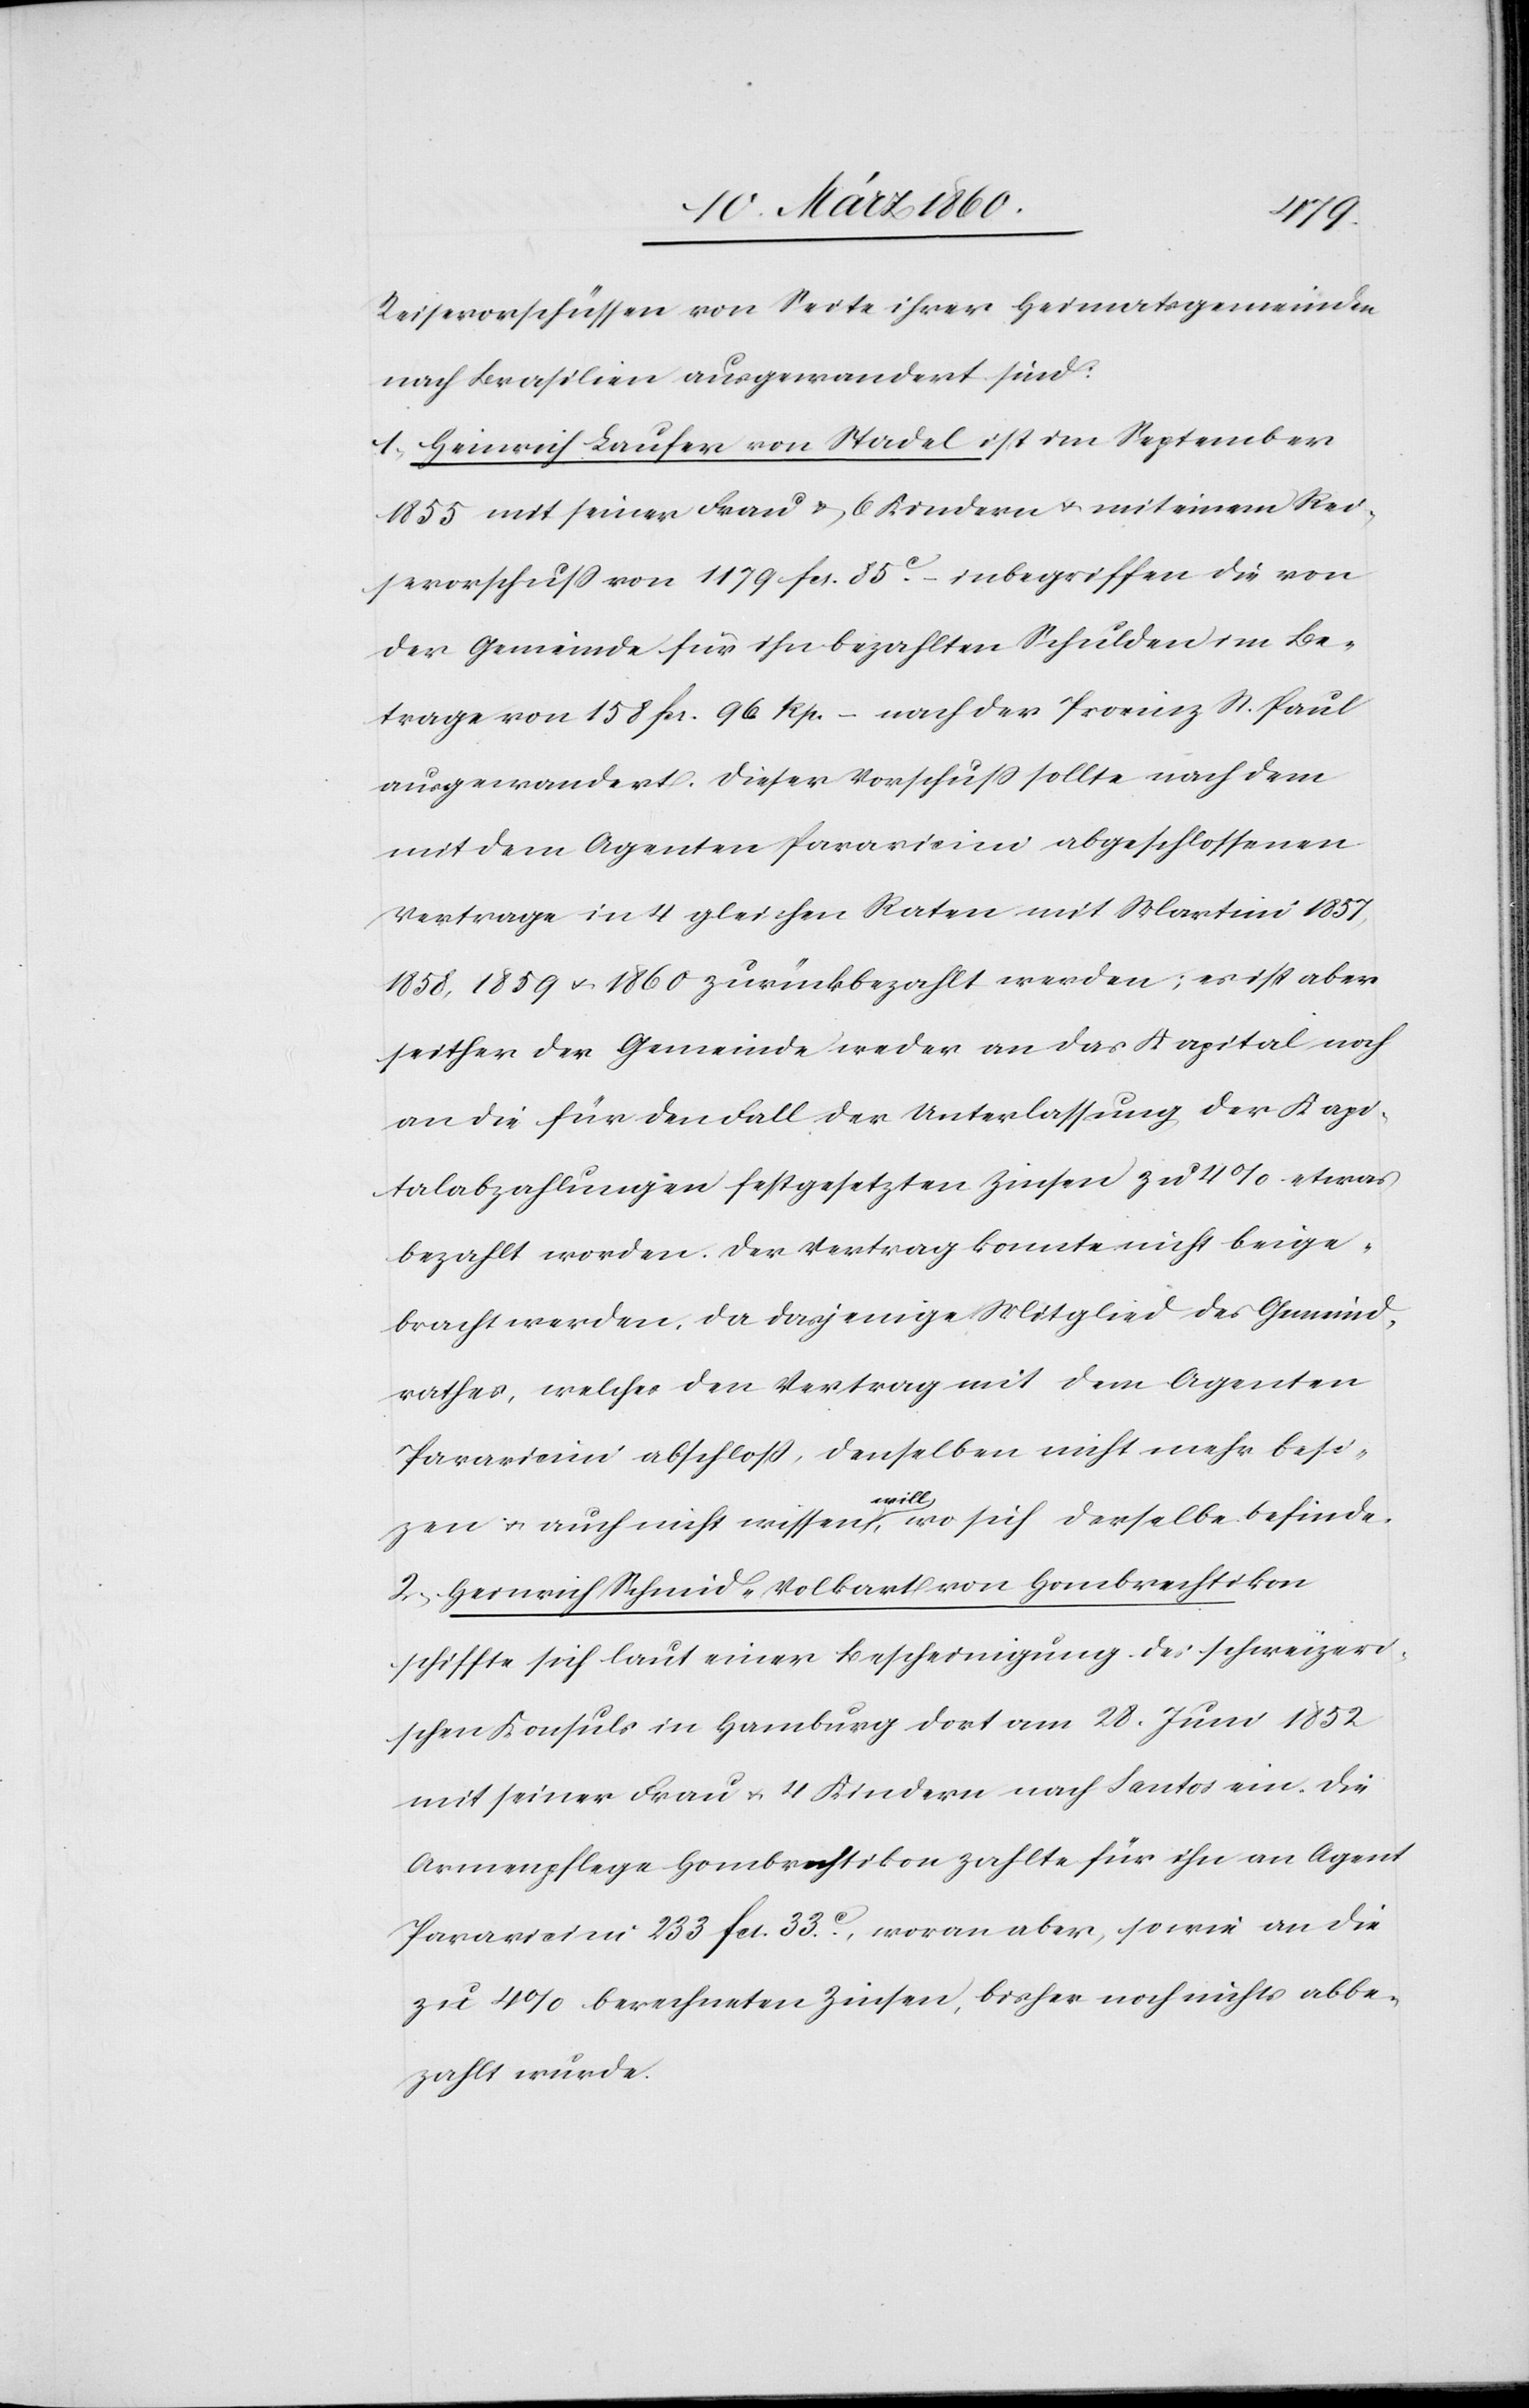
Reisevorschlägen von Seite ihrer Heimatsgemeinden
nach Brasilien ausgewandert sind:
1. Heinrich Laufer von Stadel ist im September
1855 mit seiner Frau u. 6 Kindern u. mit seinem Rei¬
sevorschuss von 1179 fcs. 85C –inbegriffen die von
der Gemeinde für ihn bezahlten Schulden im Be¬
trage von 158 fcs. 96 Rp. – nach der Provinz St. Paul
ausgewandert. Dieser Vorschuß sollte nach dem
mit dem Agenten Paravicim abgeschlossenen
Vertrag in 4 gleichen Raten mit Martini 1857,
1858, 1859 u. 1860 zurückbezahlt werden; es ist aber
seither der Gemeinde weder an das Kapital noch
an die für den Fall der Unterlassung der Kapi¬
talabzahlungen festgesetzten Zinsen zu 4% etwas
bezahlt worden. Der Vertrag konnte nicht beige¬
bracht werden, da dasjenige Mitglied des Gemeind¬
rathes, welcher den Vertrag mit dem Agenten
Paravicim abschloß, denselben nicht mehr besi¬
zen u. auch nicht wissen will, wo sich derselbe befinde.
2. Heinrich Schmid-Volkbart von Hombrechtikon
schiffte sich laut einer Bescheinigung des schweizeri¬
schen Konsuls in Hamburg dort am 28. Juni 1852
mit seiner Frau u. 4 Kindern nach Santos ein. Die
Armenpflege Hombrechtikon zahlte für ihn an Agent
Paravicim 233 fcs. 33C, woran aber, sowie an die
zu 4% berechneten Zinsen, bisher noch nichts abbe¬
zahlt wurde.